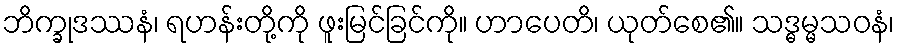
ဘိက္ခုဒဿနံ၊ ရဟန်းတို့ကို ဖူးမြင်ခြင်ကို။ ဟာပေတိ၊ ယုတ်စေ၏။ သဒ္ဓမ္မသဝနံ၊